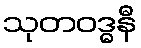
သုတဝဒ္ဓနီ